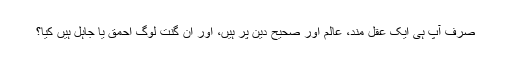
صرف آپ ہی ایک عقل مند، عالم اور صحیح دین پر ہیں، اور ان گنت لوگ احمق یا جاہل ہیں کیا؟